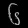
Digit: ၆